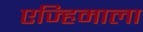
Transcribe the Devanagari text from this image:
एज्हिमाला